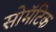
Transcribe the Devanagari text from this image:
सोमॅटिक